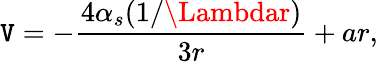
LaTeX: \mathtt{V}=-{\frac{{4\alpha_{s}(1/\Lambdar)}}{{3r}}}+ar,